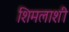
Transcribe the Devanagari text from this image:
शिमलाशी